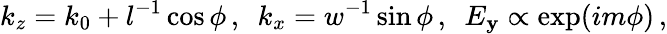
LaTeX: k_{z}=k_{0}+l^{-1}\cos\phi\, ,~~k_{x}=w^{-1}\sin\phi\, ,~~E_{\mathbf{y}}\propto\exp(im\phi)\, ,